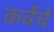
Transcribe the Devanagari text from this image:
कर्वेचे